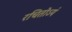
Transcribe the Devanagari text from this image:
रचितोऽयं